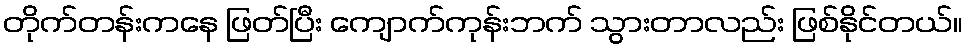
တိုက်တန်းကနေ ဖြတ်ပြီး ကျောက်ကုန်းဘက် သွားတာလည်း ဖြစ်နိုင်တယ်။